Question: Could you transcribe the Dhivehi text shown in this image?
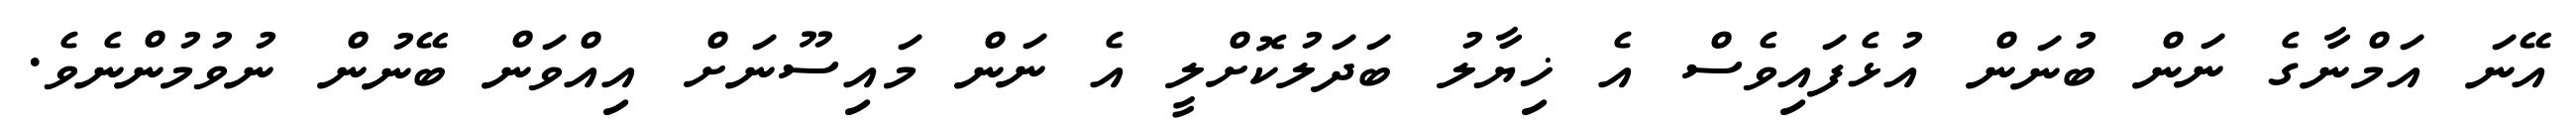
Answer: އޭނަ އަމްނާގެ ނަން ބުނަން އުޅެފައިވެސް އެ ޚިޔާލު ބަދަލުކޮށްލީ އެ ނަން މައިސޫނަށް އިއްވަން ބޭނުން ނުވުމުންނެވެ.